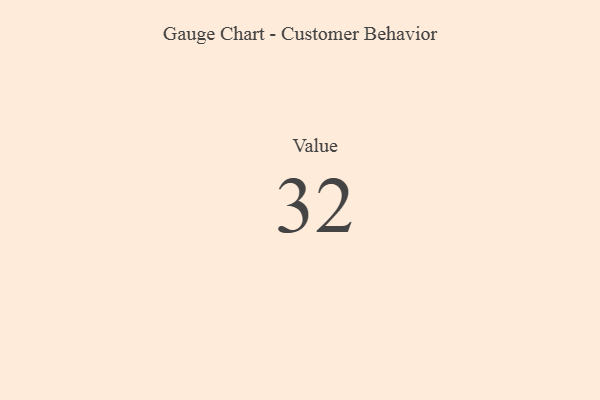
{"axis": {"x": "Metric", "y": "Value"}, "legend": [""], "data": [{"x": "Value", "y": 32, "type": ""}]}